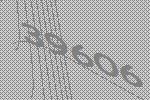
39606